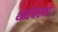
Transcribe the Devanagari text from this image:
र्थ्व्यवस्था